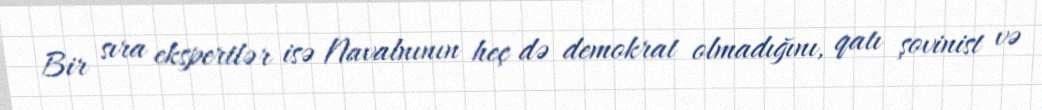
Bir sıra ekspertlər isə Navalnının heç də demokrat olmadığını, qatı şovinist və